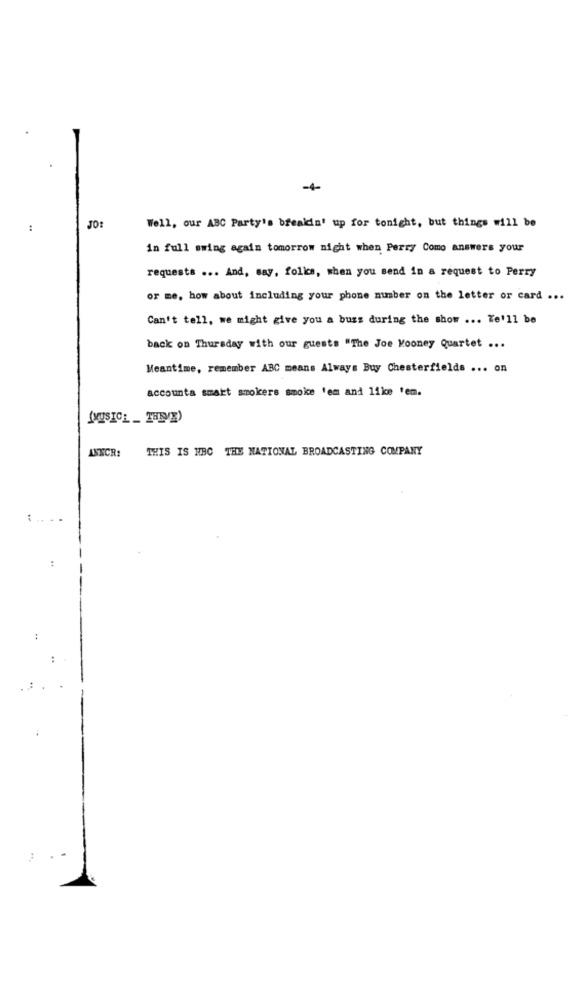
-4-
:
JO:
Well, our ABC Party's breakin' up for tonight, but things will be
in full swing again tomorrow night when Perry Como answers your
requests ... And, say, folics, when you send in a request to Perry
or me, how about including your phone number on the letter or card ...
Can't tell, we might give you a buss during the show ... We'll be
back on Thursday with our guests "The Joe Mooney Quartet ...
Meantime, remember ABC means Always Buy Chesterfields ... on
accounta smart smokers smoke 'em and 11ke tem.
(MUSICL _ THEVE)
ANNCR:
THIS IS HBC THE NATIONAL BROADCASTING COMPANY
:
: